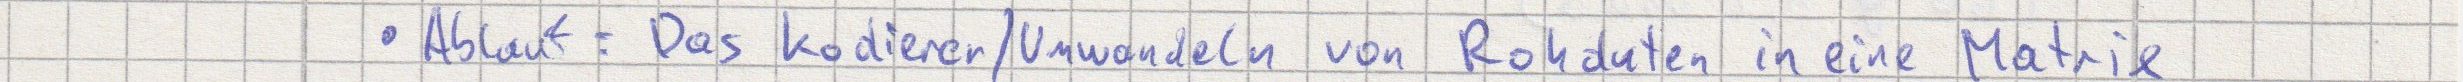
Ablauf: Das Kodieren / Umwandeln von Rohdaten in eine Matrix